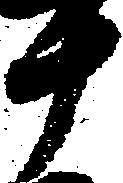
十